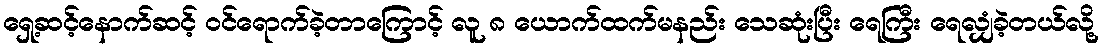
ရှေ့ဆင့်နောက်ဆင့် ဝင်ရောက်ခဲ့တာကြောင့် လူ ၈ ယောက်ထက်မနည်း သေဆုံးပြီး ရေကြီး ရေလျှံခဲ့တယ်လို့